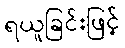
ရယူခြင်းဖြင့်